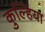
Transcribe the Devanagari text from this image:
कुल्हिया